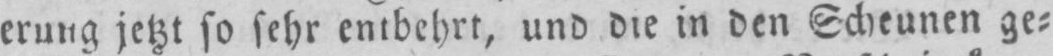
erung jetzt so sehr entbehrt, und die in den Scheunen ge⸗